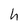
Character: h